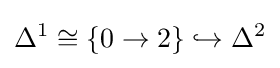
\Delta ^{1}\cong \{0\rightarrow 2\}\hookrightarrow \Delta ^{2}